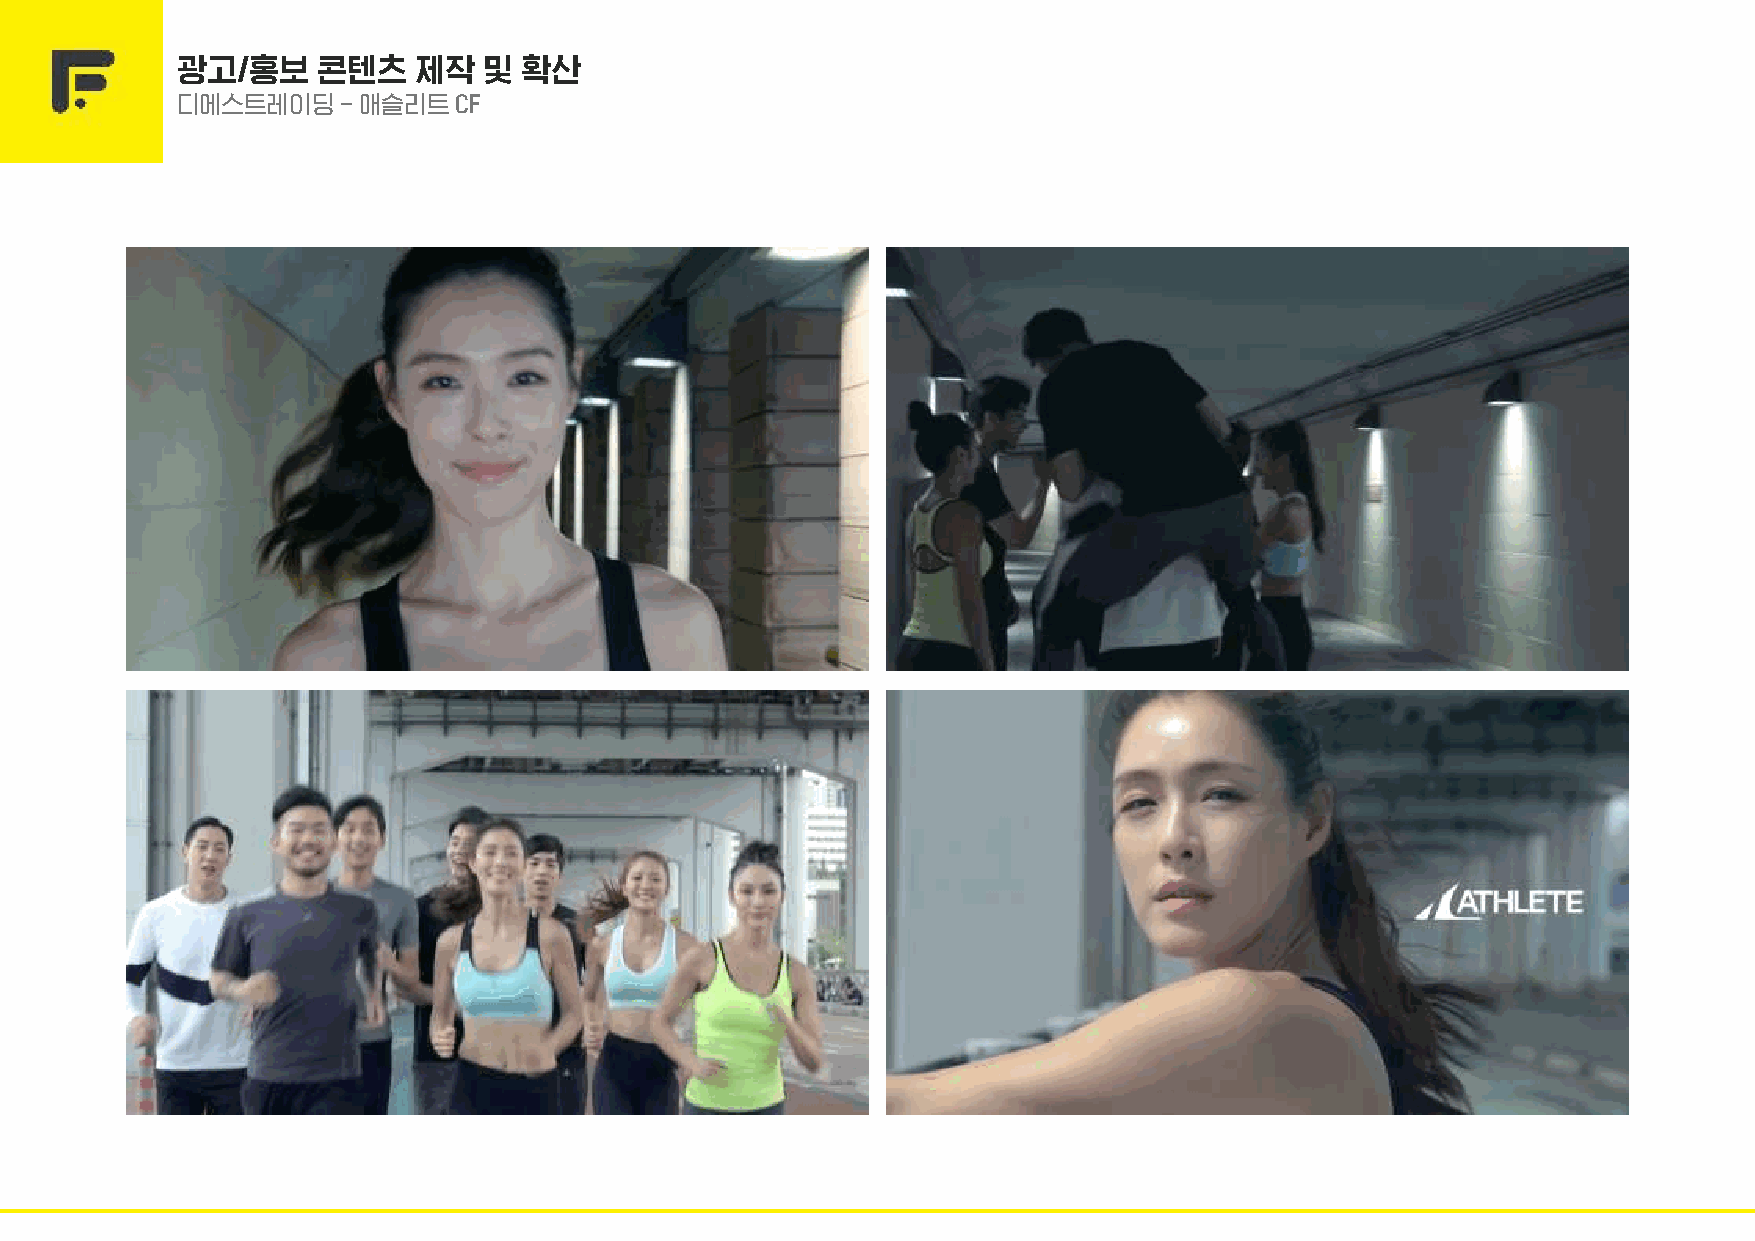
03       광고/홍보    콘텐츠   제작   및 확산
 디에스트레이딩    - 애슬리트 CF